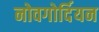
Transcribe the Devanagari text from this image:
नोवगोर्दियन